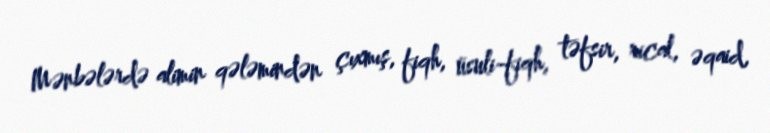
Mənbələrdə alimin qələmindən çıxmış, fiqh, üsuli-fiqh, təfsir, rical, əqaid,